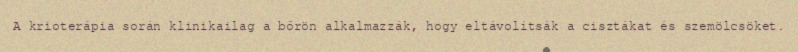
A krioterápia során klinikailag a bőrön alkalmazzák, hogy eltávolítsák a cisztákat és szemölcsöket.